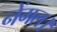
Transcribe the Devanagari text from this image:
नेंगल।